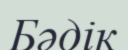
Бәдік